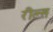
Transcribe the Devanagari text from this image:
रील्स